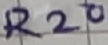
Text: R20